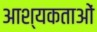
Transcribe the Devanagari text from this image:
आश्यकताओं